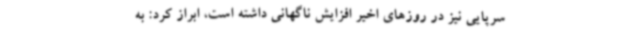
سرپایی نیز در روزهای اخیر افزایش ناگهانی داشته است، ابراز کرد: به